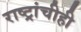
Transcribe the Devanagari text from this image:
राष्ट्रांचीही